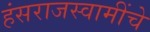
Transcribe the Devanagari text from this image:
हंसराजस्वामींचे